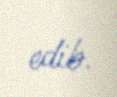
edib.